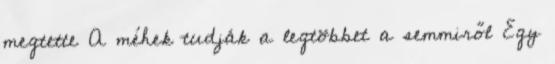
megtette A méhek tudják a legtöbbet a semmiről Egy